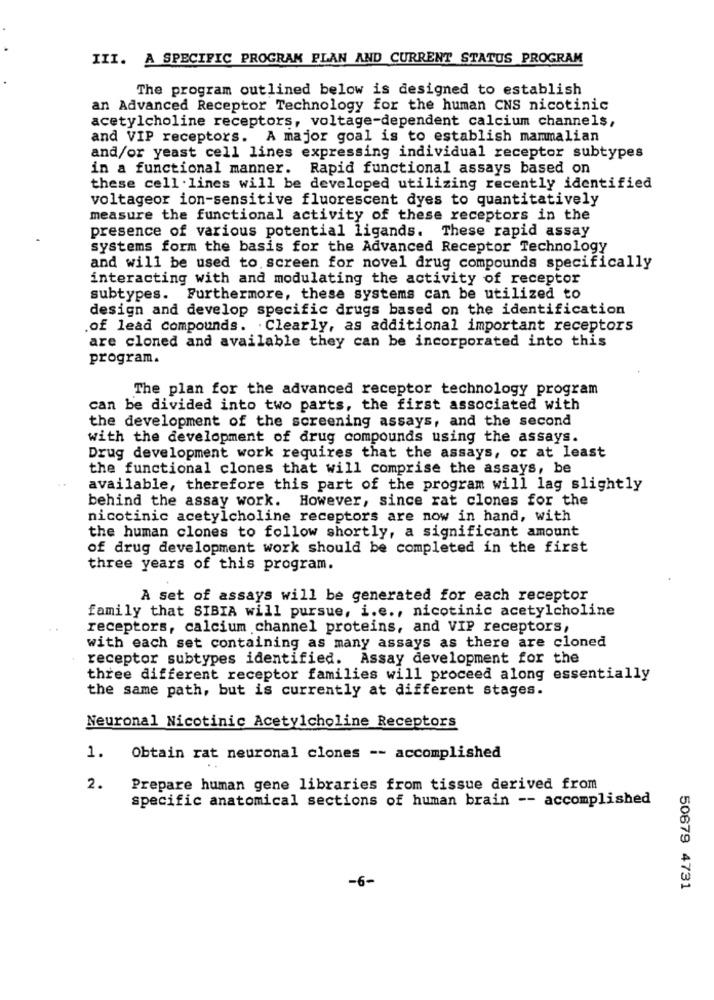
III. A SPECIFIC PROGRAM PLAN AND CURRENT STATUS PROGRAM
The program outlined below is designed to establish
an Advanced Receptor Technology for the human CNS nicotinic
acetylcholine receptors, voltage-dependent calcium channels,
and VIP receptors. A major goal is to establish mammalian
and/or yeast cell lines expressing individual receptor subtypes
in a functional manner.
Rapid functional assays based on
these cell lines will be developed utilizing recently identified
voltageor ion-sensitive fluorescent dyes to quantitatively
measure the functional activity of these receptors in the
presence of various potential ligands. These rapid assay
systems form the basis for the Advanced Receptor Technology
and will be used to screen for novel drug compounds specifically
interacting with and modulating the activity of receptor
subtypes. Furthermore, these systems can be utilized to
design and develop specific drugs based on the identification
of lead compounds. Clearly, as additional important receptors
are cloned and available they can be incorporated into this
program.
The plan for the advanced receptor technology program
can be divided into two parts, the first associated with
the development of the screening assays, and the second
with the development of drug compounds using the assays.
Drug development work requires that the assays, or at least
the functional clones that will comprise the assays, be
available, therefore this part of the program will lag slightly
behind the assay work. However, since rat clones for the
nicotinic acetylcholine receptors are now in hand, with
the human clones to follow shortly, a significant amount
of drug development work should be completed in the first
three years of this program.
A set of assays will be generated for each receptor
family that SIBIA will pursue, i.e ., nicotinic acetylcholine
receptors, calcium channel proteins, and VIP receptors,
with each set containing as many assays as there are cloned
receptor subtypes identified. Assay development for the
three different receptor families will proceed along essentially
the same path, but is currently at different stages.
Neuronal Nicotinic Acetylcholine Receptors
1.
Obtain rat neuronal clones -- accomplished
2.
Prepare human gene libraries from tissue derived from
specific anatomical sections of human brain -- accomplished
-6-
50679 4731